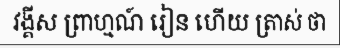
វង្គីស ព្រាហ្មណ៍ រៀន ហើយ ត្រាស់ ថា